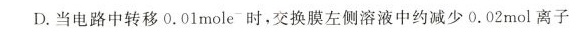
D.当电路中转移0.01mole_{-}时，交换膜左侧溶液中约减少0.02mol离子